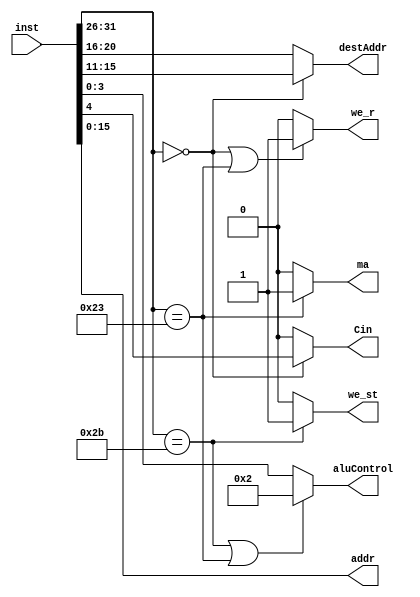
`timescale 1ns / 1ps
//*******************************************************************************
//  Michael Tangy                                                              // 
//  ECE 483-001                                                                //
//                                                                             //
//  7/6/2015                                                                   //
//                                                                             //
//  This file contains the control unit for the new pipelined CPU              //
//   supplying the control signals for all our components                      //
//                                                                             //
//*******************************************************************************


module Control_Unit(
input [31:0] inst,
output we_st,
output we_r,
output ma,
output [4:0] destAddr,
output [3:0] aluControl,
output [15:0] addr,
output Cin
);

assign we_st = ((inst[31:26] == 6'b101011) ? 1'b1 : 1'b0); // write enable store

assign we_r = ((inst[31:26] == 6'b000000) || (inst[31:26] == 6'b100011)  ? 1'b1 : 1'b0); // write enable for register bank 

assign ma = ((inst[31:26] == 6'b100011) ? 1'b1 : 1'b0);  // memory access for load

assign destAddr = ((inst[31:26] == 6'b000000) ? inst[15:11] : inst[20:16]);  //;

assign addr = inst[15:0];

assign aluControl = ((inst[31:26] == 6'b101011)|| (inst[31:26] == 6'b100011) ? 4'b0010 : inst[3:0]);//inst[3:0];

assign Cin = ((inst[31:26] == 6'b000000) ? inst[4]: 1'b0); //;

endmodule